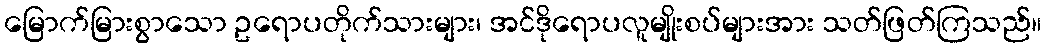
မြောက်မြားစွာသော ဥရောပတိုက်သားများ၊ အင်ဒိုရောပလူမျိုးစပ်များအား သတ်ဖြတ်ကြသည်။